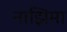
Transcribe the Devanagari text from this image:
नाझिमा